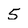
Character: 5